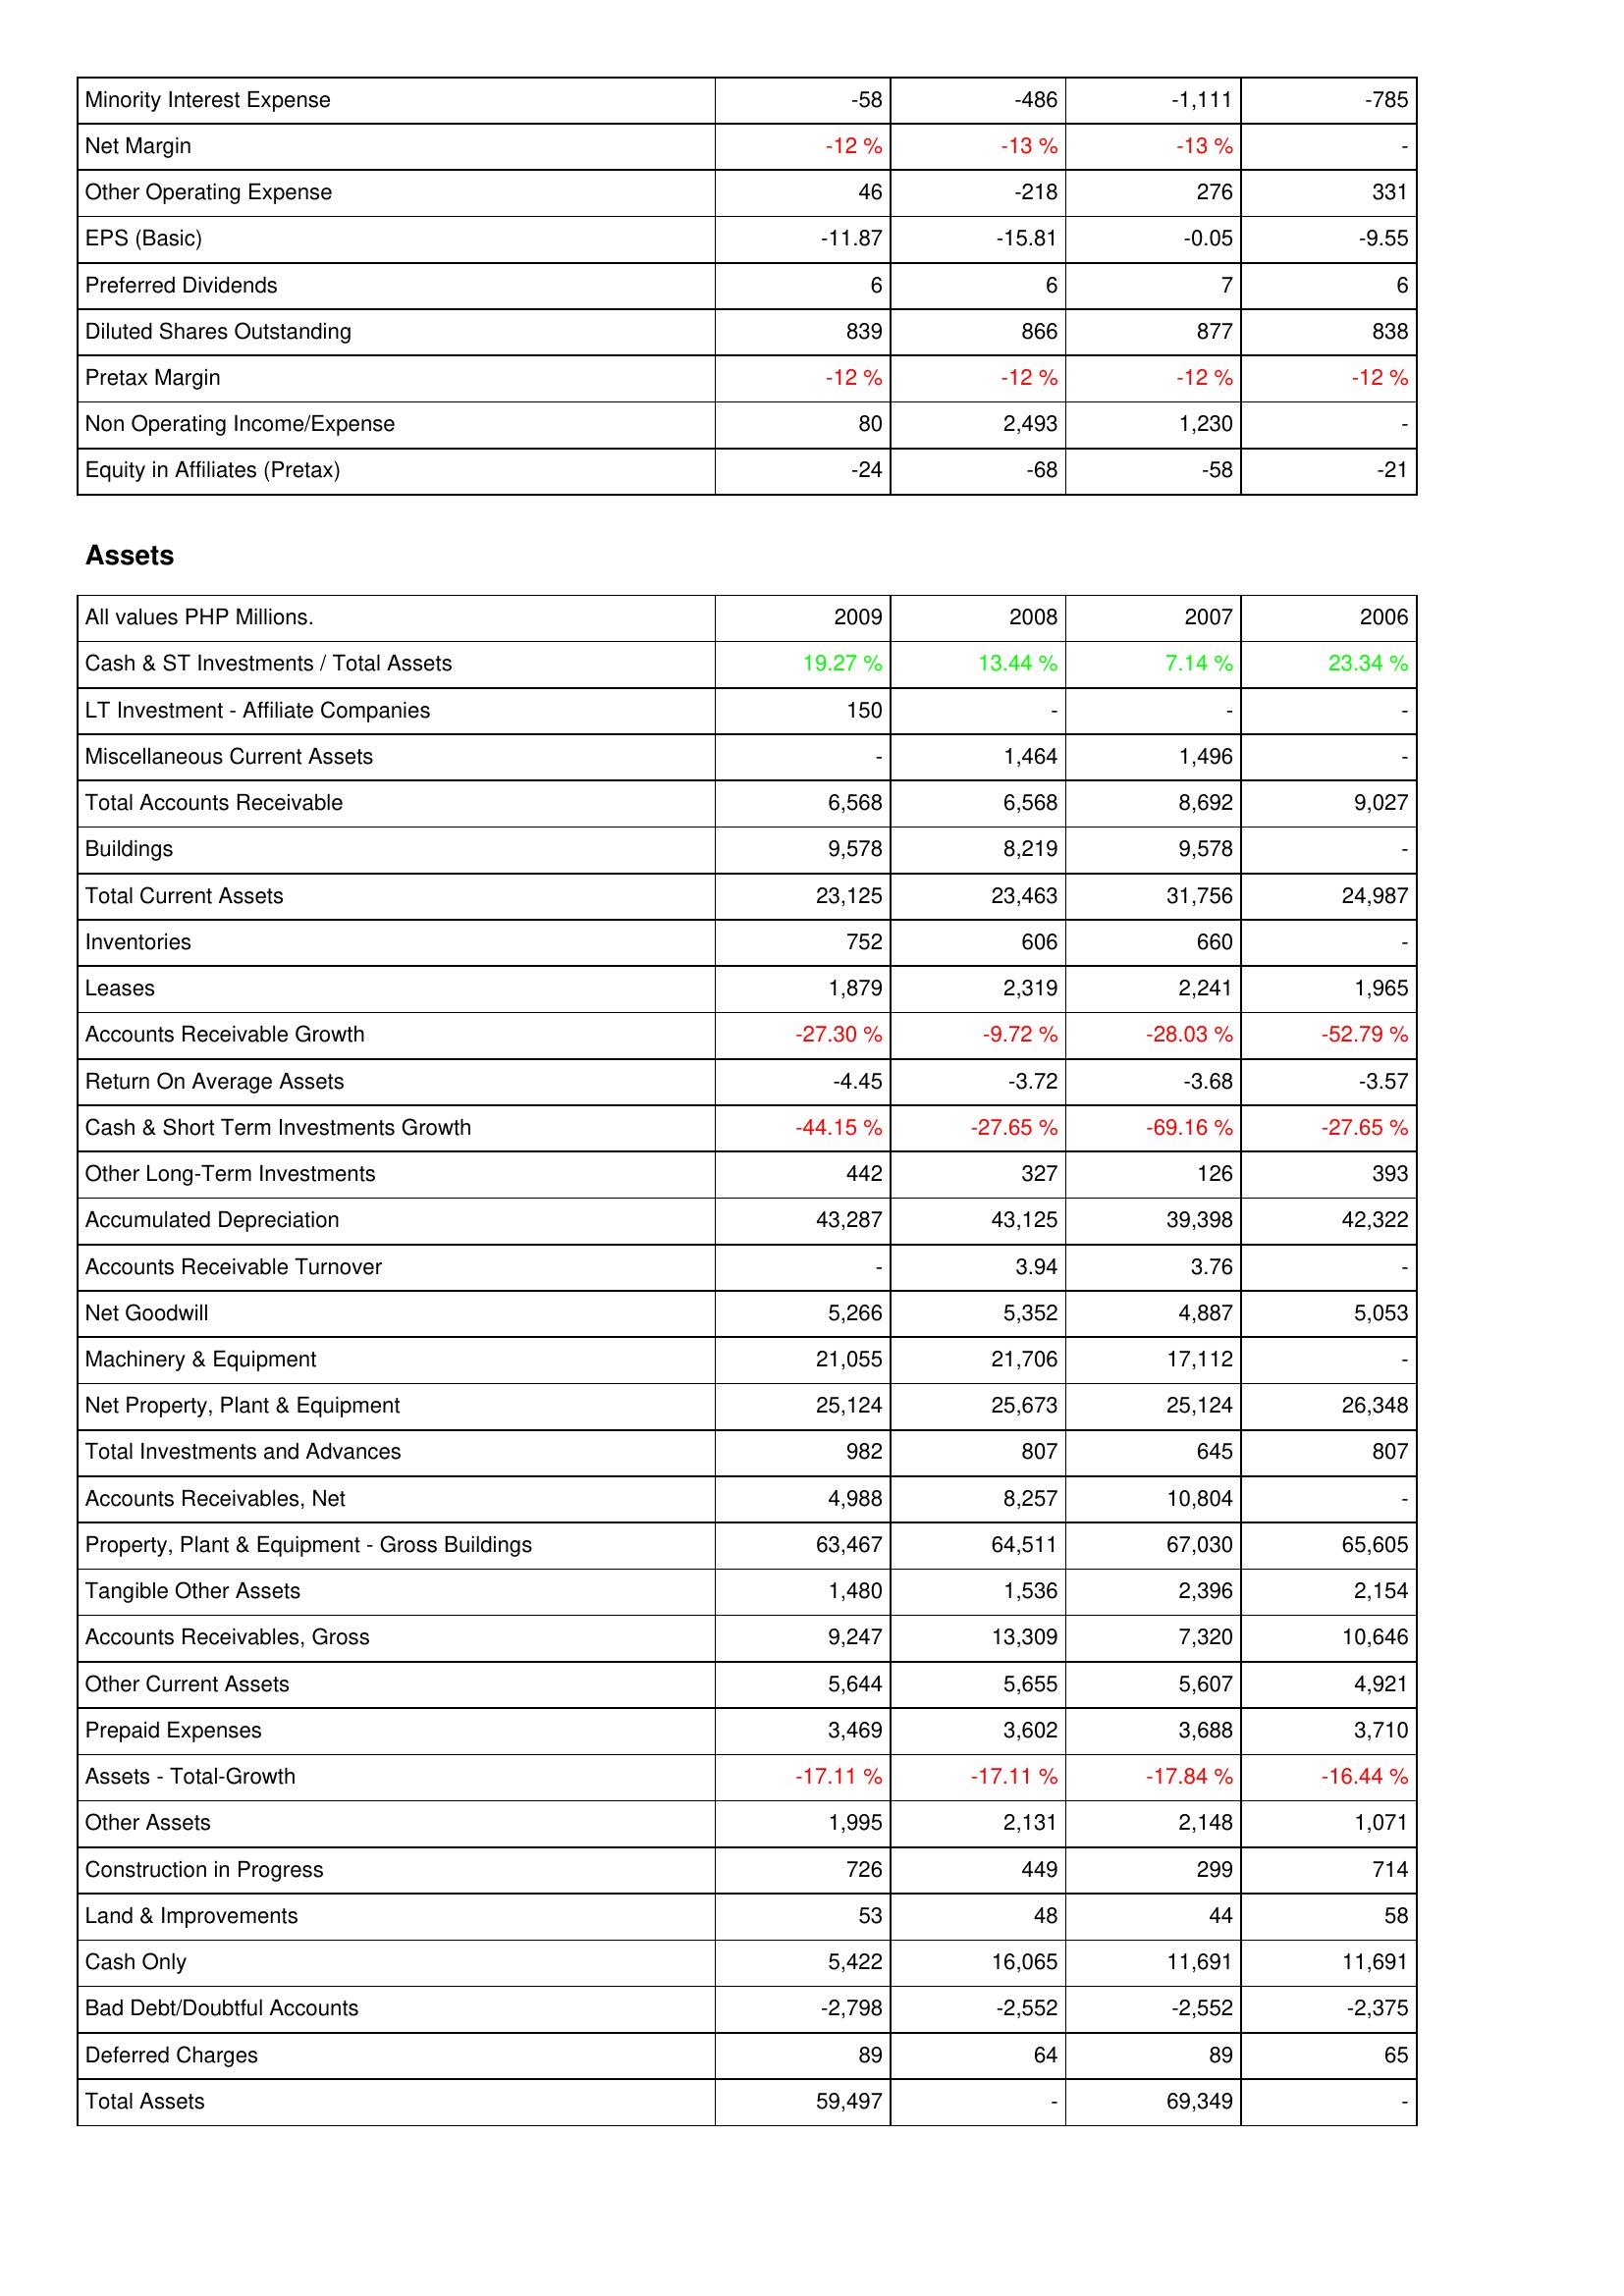
2009: Income Statement: Minority Interest Expense: -58
Net Margin: -12 %
Other Operating Expense: 46
EPS (Basic): -11.87
Preferred Dividends: 6
Diluted Shares Outstanding: 839
Pretax Margin: -12 %
Non Operating Income/Expense: 80
Equity in Affiliates (Pretax): -24
Assets: Cash & ST Investments / Total Assets: 19.27 %
LT Investment - Affiliate Companies: 150
Miscellaneous Current Assets: -
Total Accounts Receivable: 6,568
Buildings: 9,578
Total Current Assets: 23,125
Inventories: 752
Leases: 1,879
Accounts Receivable Growth: -27.30 %
Return On Average Assets: -4.45
Cash & Short Term Investments Growth: -44.15 %
Other Long-Term Investments: 442
Accumulated Depreciation: 43,287
Accounts Receivable Turnover: -
Net Goodwill: 5,266
Machinery & Equipment: 21,055
Net Property, Plant & Equipment: 25,124
Total Investments and Advances: 982
Accounts Receivables, Net: 4,988
Property, Plant & Equipment - Gross Buildings: 63,467
Tangible Other Assets: 1,480
Accounts Receivables, Gross: 9,247
Other Current Assets: 5,644
Prepaid Expenses: 3,469
Assets - Total-Growth: -17.11 %
Other Assets: 1,995
Construction in Progress: 726
Land & Improvements: 53
Cash Only: 5,422
Bad Debt/Doubtful Accounts: -2,798
Deferred Charges: 89
Total Assets: 59,497
2008: Income Statement: Minority Interest Expense: -486
Net Margin: -13 %
Other Operating Expense: -218
EPS (Basic): -15.81
Preferred Dividends: 6
Diluted Shares Outstanding: 866
Pretax Margin: -12 %
Non Operating Income/Expense: 2,493
Equity in Affiliates (Pretax): -68
Assets: Cash & ST Investments / Total Assets: 13.44 %
LT Investment - Affiliate Companies: -
Miscellaneous Current Assets: 1,464
Total Accounts Receivable: 6,568
Buildings: 8,219
Total Current Assets: 23,463
Inventories: 606
Leases: 2,319
Accounts Receivable Growth: -9.72 %
Return On Average Assets: -3.72
Cash & Short Term Investments Growth: -27.65 %
Other Long-Term Investments: 327
Accumulated Depreciation: 43,125
Accounts Receivable Turnover: 3.94
Net Goodwill: 5,352
Machinery & Equipment: 21,706
Net Property, Plant & Equipment: 25,673
Total Investments and Advances: 807
Accounts Receivables, Net: 8,257
Property, Plant & Equipment - Gross Buildings: 64,511
Tangible Other Assets: 1,536
Accounts Receivables, Gross: 13,309
Other Current Assets: 5,655
Prepaid Expenses: 3,602
Assets - Total-Growth: -17.11 %
Other Assets: 2,131
Construction in Progress: 449
Land & Improvements: 48
Cash Only: 16,065
Bad Debt/Doubtful Accounts: -2,552
Deferred Charges: 64
Total Assets: -
2007: Income Statement: Minority Interest Expense: -1,111
Net Margin: -13 %
Other Operating Expense: 276
EPS (Basic): -0.05
Preferred Dividends: 7
Diluted Shares Outstanding: 877
Pretax Margin: -12 %
Non Operating Income/Expense: 1,230
Equity in Affiliates (Pretax): -58
Assets: Cash & ST Investments / Total Assets: 7.14 %
LT Investment - Affiliate Companies: -
Miscellaneous Current Assets: 1,496
Total Accounts Receivable: 8,692
Buildings: 9,578
Total Current Assets: 31,756
Inventories: 660
Leases: 2,241
Accounts Receivable Growth: -28.03 %
Return On Average Assets: -3.68
Cash & Short Term Investments Growth: -69.16 %
Other Long-Term Investments: 126
Accumulated Depreciation: 39,398
Accounts Receivable Turnover: 3.76
Net Goodwill: 4,887
Machinery & Equipment: 17,112
Net Property, Plant & Equipment: 25,124
Total Investments and Advances: 645
Accounts Receivables, Net: 10,804
Property, Plant & Equipment - Gross Buildings: 67,030
Tangible Other Assets: 2,396
Accounts Receivables, Gross: 7,320
Other Current Assets: 5,607
Prepaid Expenses: 3,688
Assets - Total-Growth: -17.84 %
Other Assets: 2,148
Construction in Progress: 299
Land & Improvements: 44
Cash Only: 11,691
Bad Debt/Doubtful Accounts: -2,552
Deferred Charges: 89
Total Assets: 69,349
2006: Income Statement: Minority Interest Expense: -785
Net Margin: -
Other Operating Expense: 331
EPS (Basic): -9.55
Preferred Dividends: 6
Diluted Shares Outstanding: 838
Pretax Margin: -12 %
Non Operating Income/Expense: -
Equity in Affiliates (Pretax): -21
Assets: Cash & ST Investments / Total Assets: 23.34 %
LT Investment - Affiliate Companies: -
Miscellaneous Current Assets: -
Total Accounts Receivable: 9,027
Buildings: -
Total Current Assets: 24,987
Inventories: -
Leases: 1,965
Accounts Receivable Growth: -52.79 %
Return On Average Assets: -3.57
Cash & Short Term Investments Growth: -27.65 %
Other Long-Term Investments: 393
Accumulated Depreciation: 42,322
Accounts Receivable Turnover: -
Net Goodwill: 5,053
Machinery & Equipment: -
Net Property, Plant & Equipment: 26,348
Total Investments and Advances: 807
Accounts Receivables, Net: -
Property, Plant & Equipment - Gross Buildings: 65,605
Tangible Other Assets: 2,154
Accounts Receivables, Gross: 10,646
Other Current Assets: 4,921
Prepaid Expenses: 3,710
Assets - Total-Growth: -16.44 %
Other Assets: 1,071
Construction in Progress: 714
Land & Improvements: 58
Cash Only: 11,691
Bad Debt/Doubtful Accounts: -2,375
Deferred Charges: 65
Total Assets: -